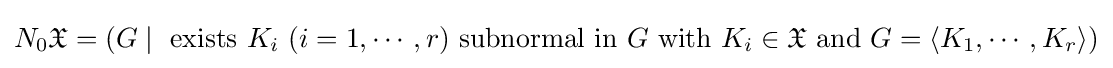
N_{0}{\mathfrak {X}}=(G\mid {\text{ exists }}K_{i}\ (i=1,\cdots ,r){\text{ subnormal in }}G{\text{ with }}K_{i}\in {\mathfrak {X}}{\text{ and }}G=\langle K_{1},\cdots ,K_{r}\rangle )